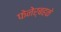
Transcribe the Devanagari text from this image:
फेनेर्बहके